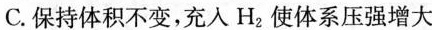
C.保持体积不变，充入H_{2}使体系压强增大